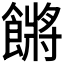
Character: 𩝴